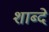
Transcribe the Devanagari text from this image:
शाब्दे